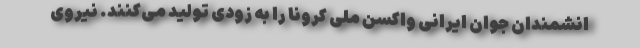
انشمندان جوان ایرانی واکسن ملی کرونا را به زودی تولید می‌کنند. نیروی